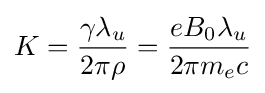
K={\frac {\gamma \lambda _{u}}{2\pi \rho }}={\frac {eB_{0}\lambda _{u}}{2\pi m_{e}c}}